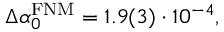
\begin{array} { r } { \Delta \alpha _ { 0 } ^ { \mathrm { F N M } } = 1 . 9 ( 3 ) \cdot 1 0 ^ { - 4 } , } \end{array}